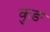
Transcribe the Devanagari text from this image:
कुङ